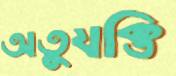
অতুযক্তি